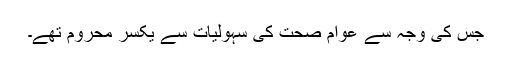
جس کی وجہ سے عوام صحت کی سہولیات سے یکسر محروم تھے۔